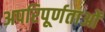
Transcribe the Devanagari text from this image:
अपरिपूर्णताओं